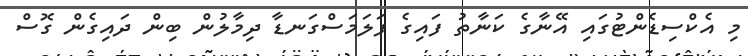
މި އެކްސިޑެންޓުގައި އޭނާގެ ކަނާތު ފައިގެ ފަލަމަސްގަނޑާ ދިމާލުން ބިން ދައިގެން ގޮސް